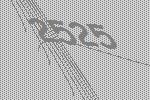
2525